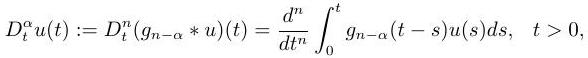
$D_{t}^{\alpha} u(t):=D_{t}^{n}\left(g_{n-\alpha} * u\right)(t)=\frac{d^{n}}{d t^{n}} \int_{0}^{t} g_{n-\alpha}(t-s) u(s) d s, \quad t>0,$